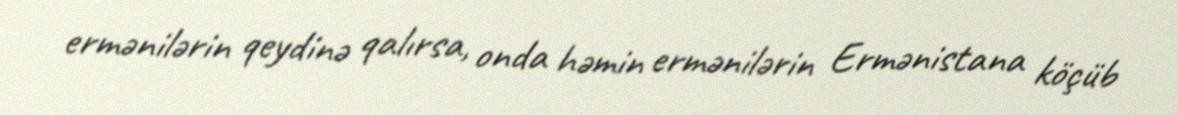
ermənilərin qeydinə qalırsa, onda həmin ermənilərin Ermənistana köçüb